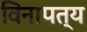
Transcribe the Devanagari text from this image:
विनापत्य